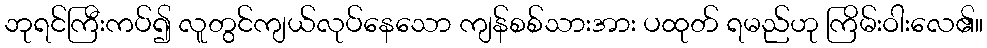
ဘုရင်ကြီးကပ်၍ လူတွင်ကျယ်လုပ်နေသော ကျန်စစ်သားအား ပထုတ် ရမည်ဟု ကြိမ်းဝါးလေ၏။